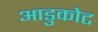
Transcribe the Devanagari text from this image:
आडुकोट